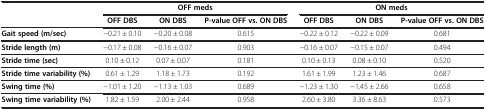
|  | <COLSPAN=3> OFF meds | <COLSPAN=3> ON meds |
 | --- | --- | --- | --- | --- | --- | --- |
 |  | OFF DBS | ON DBS | P-value OFF vs. ON DBS | OFF DBS | ON DBS | P-value OFF vs. ON DBS |
 | Gait speed (m/sec) | -0.21 ± 0.10 | -0.20 ± 0.08 | 0.615 | -0.22 ± 0.12 | -0.22 ± 0.09 | 0.681 |
 | Stride length (m) | -0.17 ± 0.08 | -0.16 ± 0.07 | 0.903 | -0.16 ± 0.07 | -0.15 ± 0.07 | 0.494 |
 | Stride time (sec) | 0.10 ± 0.12 | 0.07 ± 0.07 | 0.181 | 0.10 ± 0.13 | 0.08 ± 0.10 | 0.520 |
 | Stride time variability (%) | 0.61 ± 1.29 | 1.18 ± 1.73 | 0.192 | 1.61 ± 1.99 | 1.23 ± 1.46 | 0.687 |
 | Swing time (%) | -1.01 ± 1.20 | -1.13 ± 1.03 | 0.689 | -1.23 ± 1.30 | -1.45 ± 2.66 | 0.658 |
 | Swing time variability (%) | 1.82 ± 1.59 | 2.00 ± 2.44 | 0.958 | 2.60 ± 3.80 | 3.36 ± 8.63 | 0.573 |